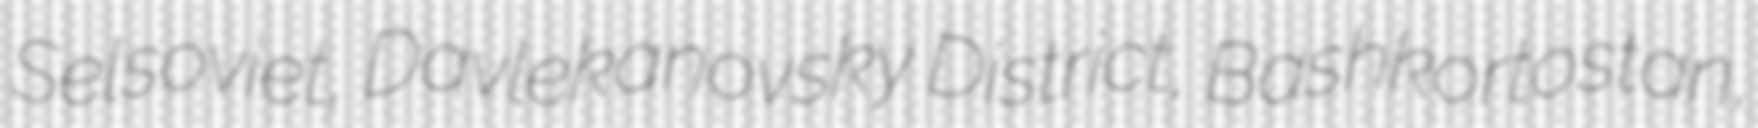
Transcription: Selsoviet, Davlekanovsky District, Bashkortostan,